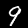
Digit: 9